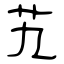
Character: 艽